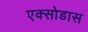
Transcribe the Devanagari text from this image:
एक्सोडास